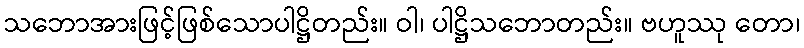
သဘောအားဖြင့်ဖြစ်သောပါဋ္ဌိတည်း။ ဝါ၊ ပါဋ္ဌိသဘောတည်း။ ဗဟူဿု တော၊